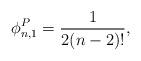
LaTeX: \begin{align*}\phi^{P}_{n,1}= \frac{1}{2 (n - 2)!},\end{align*}